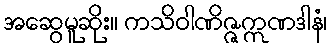
အဆွေမူဆိုး။ ကသိဝါဏိဇ္ဇဣဏဒါနံ၊